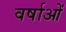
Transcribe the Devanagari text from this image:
वर्षाओं